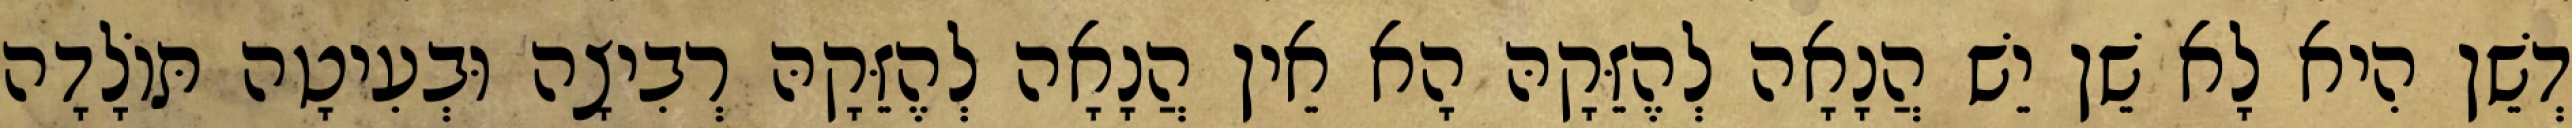
דְשֵׁן הִיא לָא שֵׁן יֵשׁ הֲנָאָה לְהֶזֵּקָהּ הָא אֵין הֲנָאָה לְהֶזֵּקָהּ רְבִיצָה וּבְעִיטָה תּוֹלָדָה